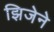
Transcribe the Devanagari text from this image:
झिजेने